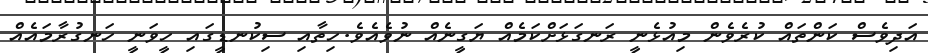
އަދިވެސް ކަންތައް ކުރެވެން މިއުޅެނީ ރަނގަޅަށްކަމެއް ޔަގީނެއް ނުވެއެވެ.ހިތާއި ސިކުނޑީގައި ހީވަނީ ހަނގުރާމައެއް